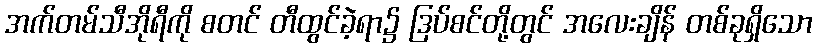
အက်တမ်သီအိုရီကို စတင် တီထွင်ခဲ့ရာ၌ ဒြပ်စင်တို့တွင် အလေးချိန် တစ်ခုရှိသော